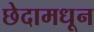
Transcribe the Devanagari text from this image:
छेदामधून